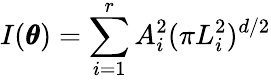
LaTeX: I(\pmb\theta)=\sum_{i=1}^{r}A_{i}^{2}(\pi L_{i}^{2})^{d/2}